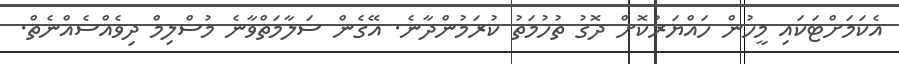
އެކަމަށްޓަކައި މީހުން ހައްޔަރުކޮށް ދޮގު ތުހުމަތު ކުރަމުންދާނެ. އޭގެން ސަލާމަތްވާނެ މުސްލިމް ދިވެއްސެއްނެތް.